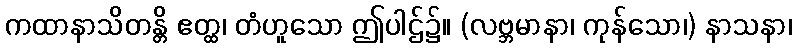
ကထာနာသိတန္တိ ဧတ္ထ၊ တံဟူသော ဤပါဌ်၌။ (လဗ္ဘမာနာ၊ ကုန်သော၊) နာသနာ၊